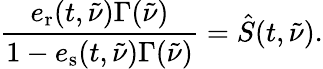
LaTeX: \frac{e_{\mathrm{r}}(t,\tilde{\nu})\Gamma(\tilde{\nu})}{1-e_{\mathrm{s}}(t,\tilde{\nu})\Gamma(\tilde{\nu})}=\hat{S}(t,\tilde{\nu}).